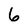
Character: 6